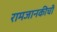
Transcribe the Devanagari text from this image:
रामजानकीची